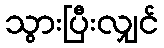
သွားပြီးလျှင်